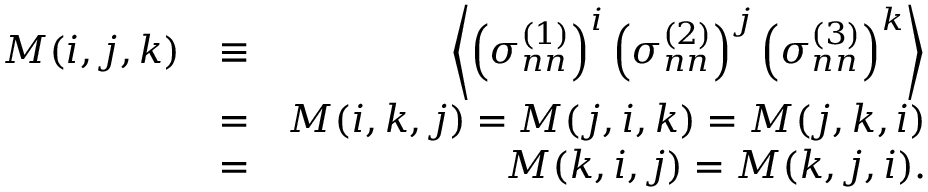
\begin{array} { r l r } { M ( i , j , k ) } & { \equiv } & { \left\langle \left( \sigma _ { n n } ^ { ( 1 ) } \right) ^ { i } \left( \sigma _ { n n } ^ { ( 2 ) } \right) ^ { j } \left( \sigma _ { n n } ^ { ( 3 ) } \right) ^ { k } \right\rangle } \\ & { = } & { M ( i , k , j ) = M ( j , i , k ) = M ( j , k , i ) } \\ & { = } & { M ( k , i , j ) = M ( k , j , i ) . } \end{array}